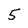
Character: 5